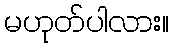
မဟုတ်ပါလား။